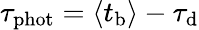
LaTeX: \tau_{\mathrm{phot}}=\left\langle t_{\mathrm{b}}\right\rangle-\tau_{\mathrm{d}}